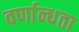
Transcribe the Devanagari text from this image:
वर्णान्धता